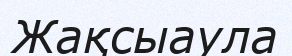
Жақсыаула